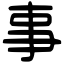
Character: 事